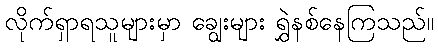
လိုက်ရှာရသူများမှာ ချွေးများ ရွှဲနစ်နေကြသည်။